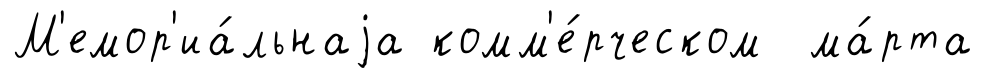
М'емор'иа́льнаjа комм'е́рческом ма́рта